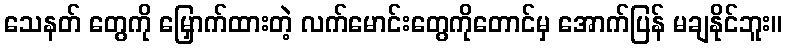
သေနတ် တွေကို မြှောက်ထားတဲ့ လက်မောင်းတွေကိုတောင်မှ အောက်ပြန် မချနိုင်ဘူး။